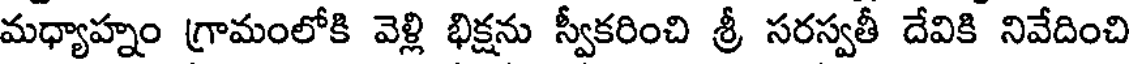
మధ్యాహ్నం గ్రామంలోకి వెళ్లి భిక్షను స్వీకరించి శ్రీ సరస్వతీ దేవికి నివేదించి